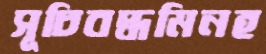
সূচিবদ্ধমিনহ